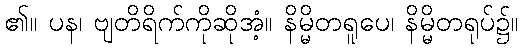
၏။ ပန၊ ဗျတိရိက်ကိုဆိုအံ့။ နိမ္မိတရူပေ၊ နိမ္မိတရုပ်၌။